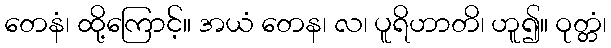
တေနံ၊ ထို့ကြောင့်။ အယံ တေန၊ လ၊ ပူရိဟာတိ၊ ဟူ၍။ ဝုတ္တံ၊